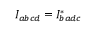
{ I _ { a b c d } = I _ { b a d c } ^ { * } }